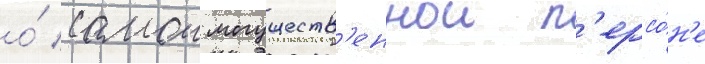
о́ самои могуществ'еннои п'ерсо́н'е